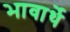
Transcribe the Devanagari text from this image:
भावार्थे